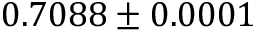
0 . 7 0 8 8 \pm 0 . 0 0 0 1